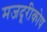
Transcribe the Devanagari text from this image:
मजदूरीकोष